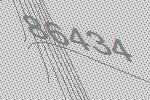
86434